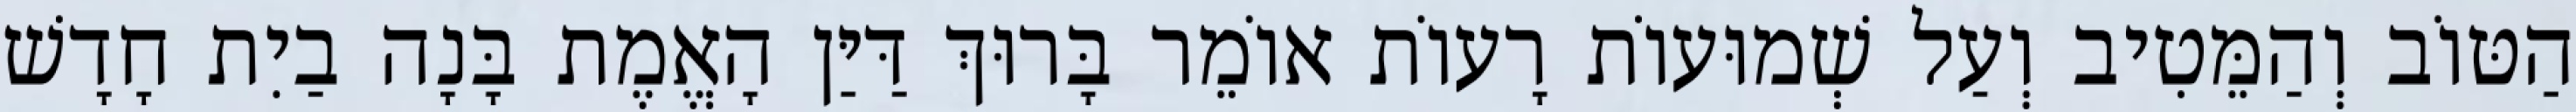
הַטּוֹב וְהַמֵּטִיב וְעַל שְׁמוּעוֹת רָעוֹת אוֹמֵר בָּרוּךְ דַּיַּן הָאֱמֶת בָּנָה בַיִת חָדָשׁ